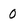
Character: 0